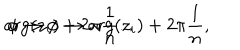
\arg ( z _ { i } ) \to \arg ( z _ { i } ) + 2 \pi \frac 1 n , \hspace { 5 m m } \phi \to \phi + 2 \pi \frac 1 n .